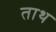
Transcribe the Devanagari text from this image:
ताथ